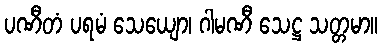
ပဏီတံ ပရမံ သေယျော၊ ဂါမဏီ သေဋ္ဌ သတ္တမာ။